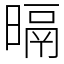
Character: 㬏